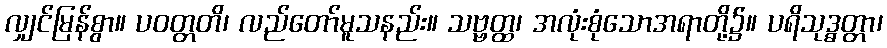
လျှင်မြန်စွာ။ ပဝတ္တတိ၊ လည်တော်မူသနည်း။ သဗ္ဗတ္ထ၊ အလုံးစုံသောအရာတို့၌။ ပရိသုဒ္ဓတ္တာ၊